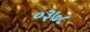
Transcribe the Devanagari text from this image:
०३७८